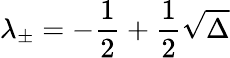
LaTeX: \lambda_{\pm}=-\frac{1}{2}+\frac{1}{2}\sqrt{\Delta}